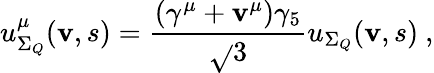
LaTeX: u_{\Sigma_{Q}}^{\mu}(\mathbf{v},s)=\frac{{(\gamma^{\mu}+\mathbf{v}^{\mu})\gamma_{5}}}{{\sqrt{}{{3}}}}u_{\Sigma_{Q}}(\mathbf{v},s)~,